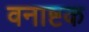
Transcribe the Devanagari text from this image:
वनाष्टक